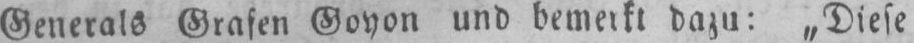
Generals Grafen Goyon und bemerkt dazu: „Diese